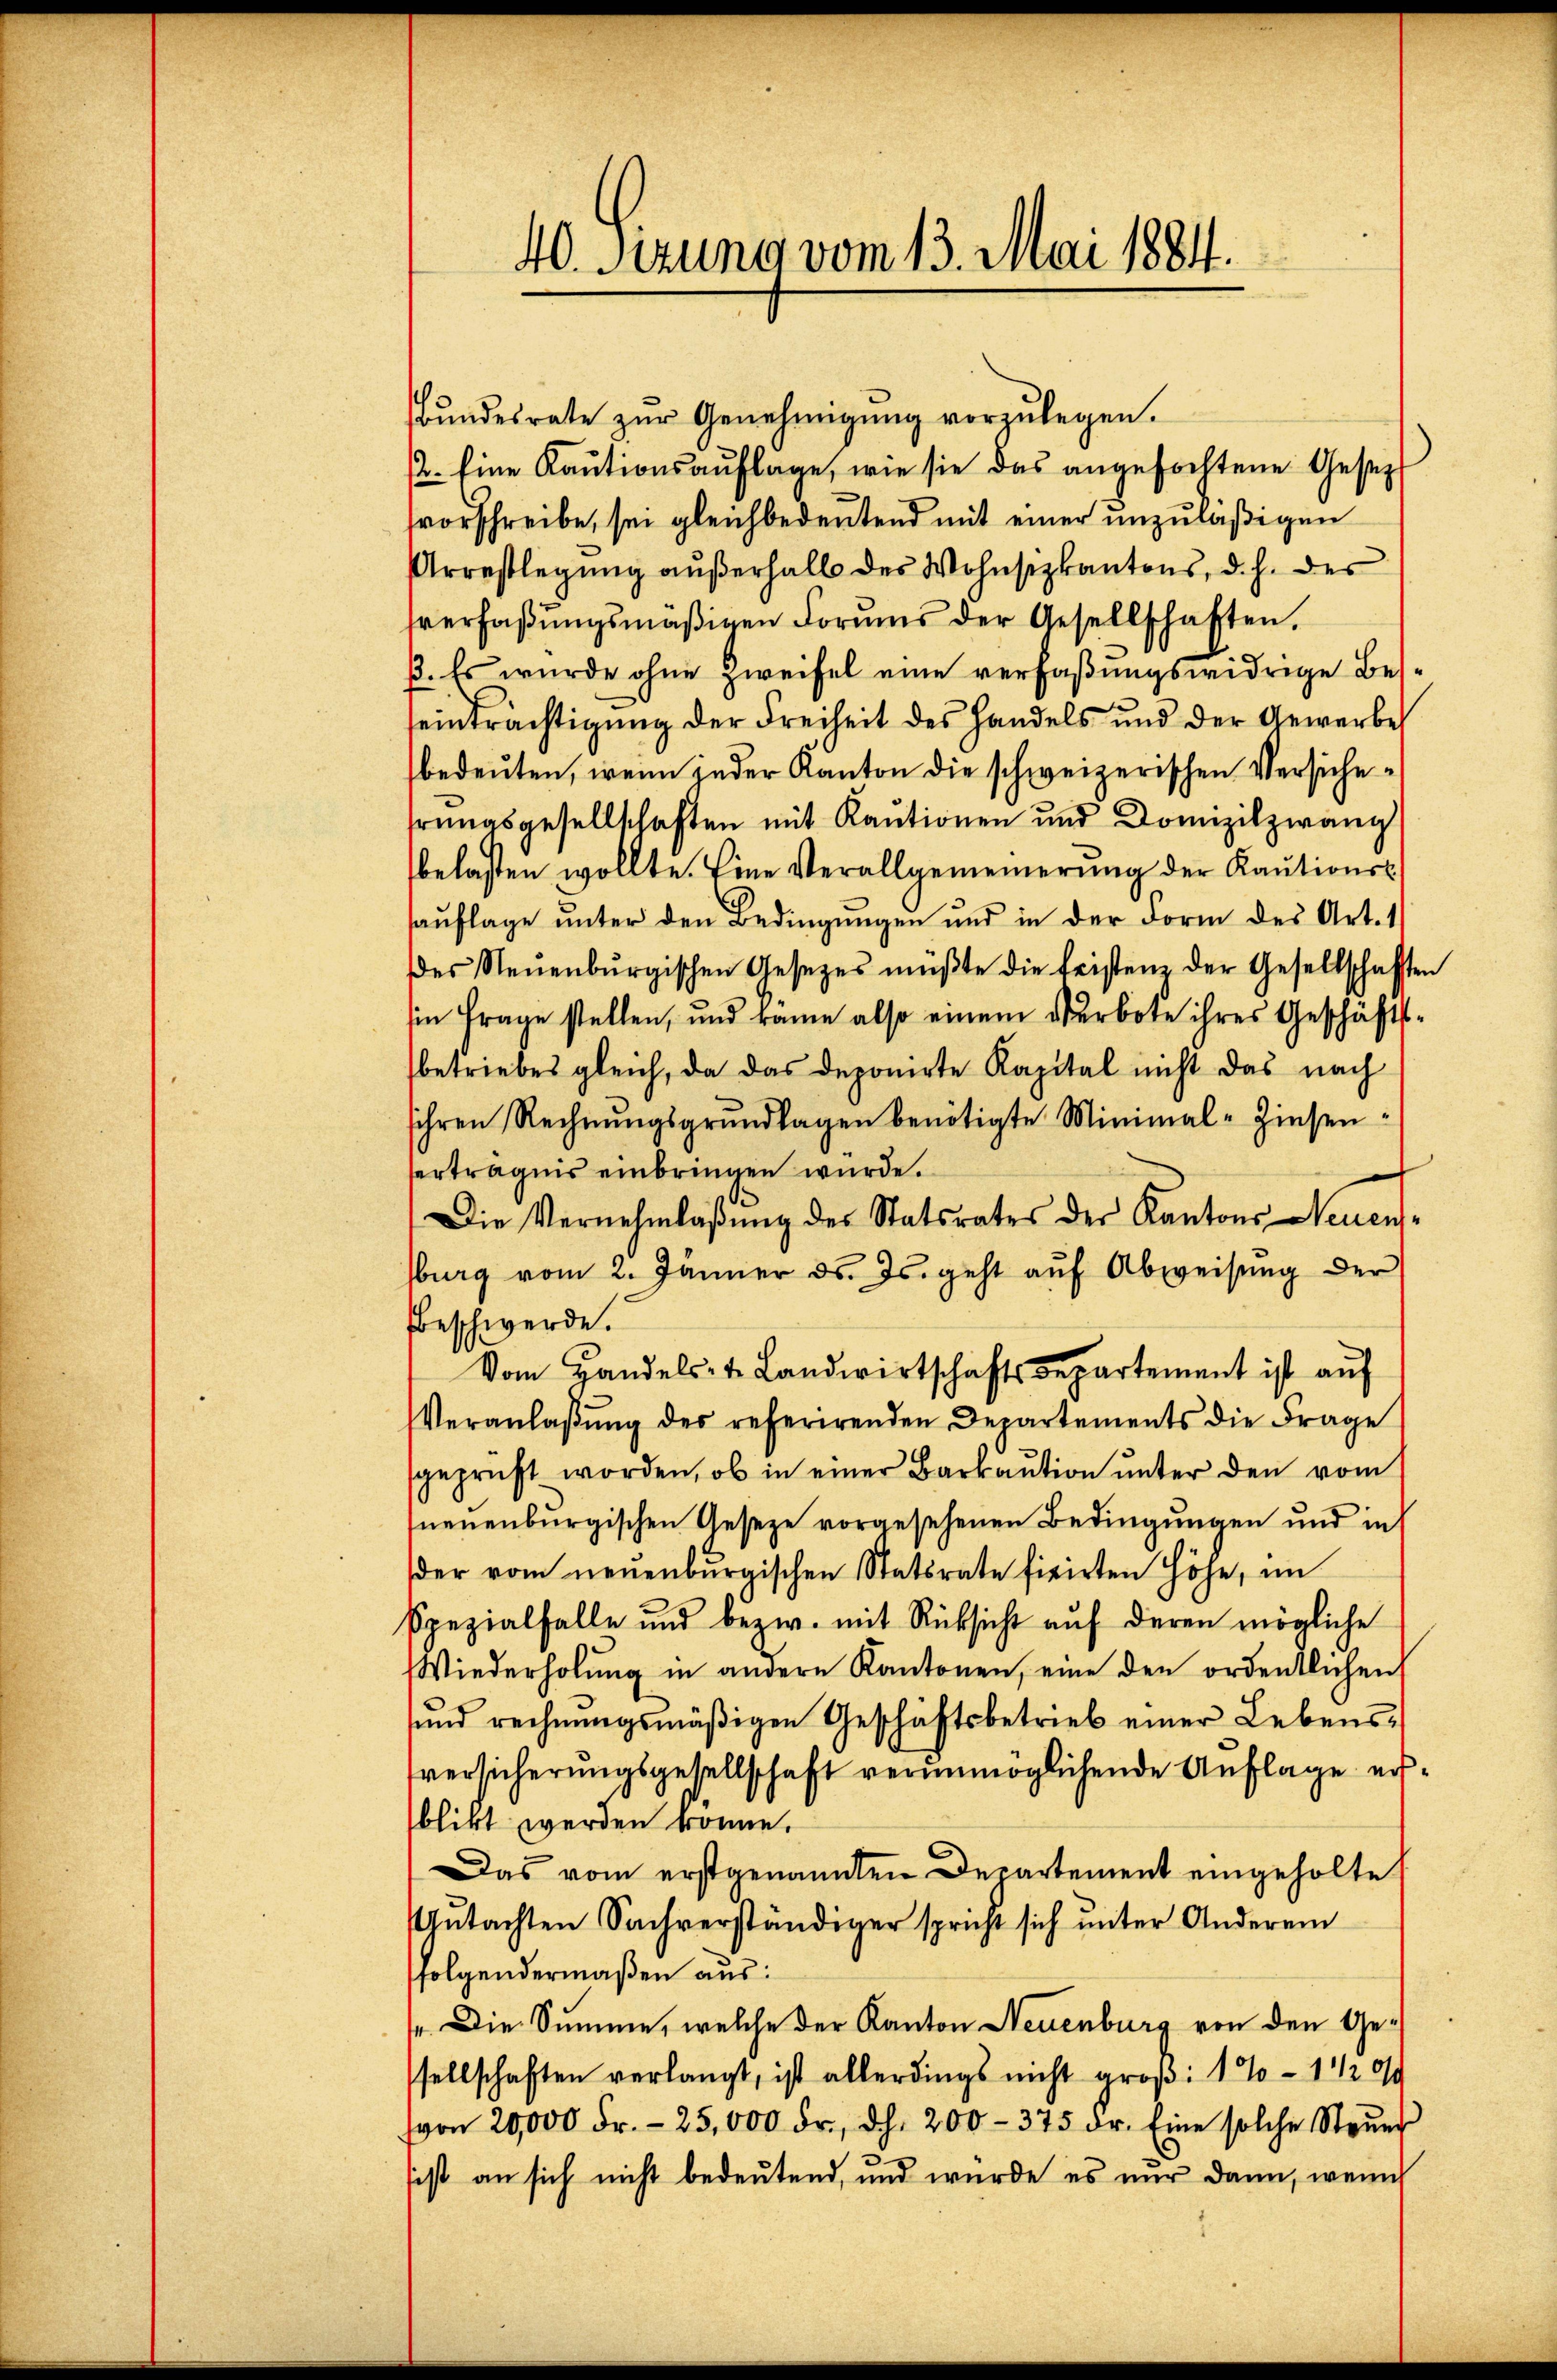
40. Sizung vom 13. Mai 1884.

bŭndesrate zŭr Genehmigŭng vorzŭlegen.
2. Eine Kautionsauflage, wie sie das angefochtene Gesetz
vorschreibe, sei gleichbedeutend mit einer unzuläßigen
Arrestlegung außerhalb des Wohnsizkantons, d. h. des
verfaβŭngsmäβigen Forŭms der Gesellschaften.
ß. Es wurde ohne Zweifel eine verfaßungswidrige Besseinträchtigung der Freiheit des Handels und der Gewerbe
bedeuten, wenn jeder Kanton die schweizerischen Versichehrungsgesellschaften mit Kautionen und Domizilzwang
belasten wollte. Eine Verallgemeinerung der Kautionsk
auflage unter den Bedingungen und in der Form des Art. 11
des Neuenburgischen Gesezes müßte die Fristenz der Gesellschafften
sin Frage stellen, und kame also einem Verbote ihres Geschäftsbetriebes gleich, da das deponirte Kapital nicht das nach
ihren Rechnŭngsgrundlagen benötigte Minimal-Zinsenerträgnis einbringen wurde.
Die Vernehmlaβŭng des Statsrates der Kantons Neuens-
burg vom 2. Jänner ds. Js. geht auf Abweisung der
beschwerde.
Vom Handels- & Landwirtschaftsdepartement ist auf
Veranlaβŭng des referirenden Departements die Frage
sgeprüft worden, ob in einer Barkaution unter den vom
neuenburgischen Geseze vorgesehenen Bedingungen und in
der vom neŭenbŭrgischen Statsrate fixirten Höhe, im
spezialfalle und bezw. mit Rücksicht auf deren mögliche
Wiederholŭng in andere Kantonen, eine den ordentlichen
ŭnd rechnŭngsmäβigen Geschäftsbetrieb einer Lebens-
versicherungsgesellschaft verunmöglichende Auflage ersblikt werden könne.
Das vom erstgenannten Departement eingeholte
Gŭtachten Sachverständiger spricht sich ŭnter Anderem
folgendermaßen aus:
s Die Summe, welche der Kanton Neuenburg von den Gesellschaften verlangt, ist allerdings nicht groß: 1%- 1 1/2 0/0
von 20,000 Fr. 25,000 Fr., dh. 200-375 Fr. Eine solche Steŭer
.
ist an sich nicht bedeutend, und wurde es nur dann, weni